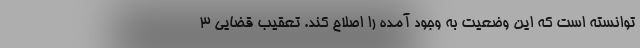
توانسته است که این وضعیت به وجود آمده را اصلاح کند. تعقیب قضایی ۳